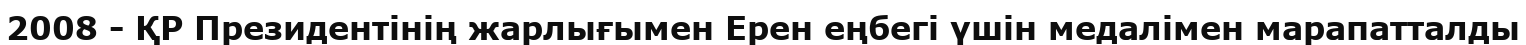
2008 - ҚР Президентінің жарлығымен Ерен еңбегі үшін медалімен марапатталды